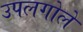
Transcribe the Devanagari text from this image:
उपलगोले